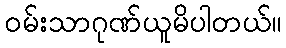
ဝမ်းသာဂုဏ်ယူမိပါတယ်။